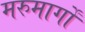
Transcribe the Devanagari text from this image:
मरुमार्गों